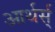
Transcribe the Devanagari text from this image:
आर्थर्स्